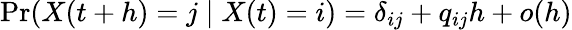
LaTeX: \operatorname*{Pr}(X(t+h)=j\mid X(t)=i)=\delta_{ij}+q_{ij}h+o(h)